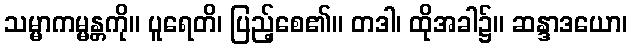
သမ္မာကမ္မန္တကို။ ပူရေတိ၊ ပြည့်စေ၏။ တဒါ၊ ထိုအခါ၌။ ဆန္ဒာဒယော၊